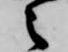
之